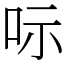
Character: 呩